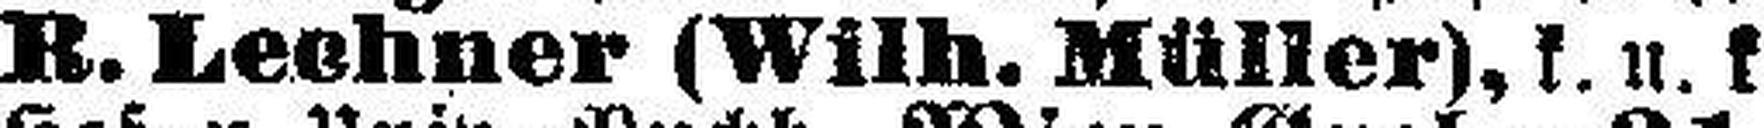
R. Lechner (Wilh. Müller), k. u. k.